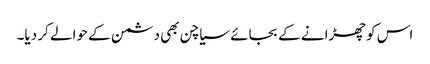
اس کو چھڑانے کے بجائے سیاچن بھی دشمن کے حوالے کر دیا۔